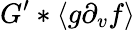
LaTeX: G^{\prime}\ast\langle g\partial_{v}f\rangle